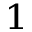
^ { 1 }